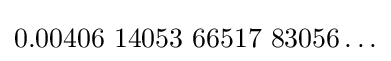
0{.}00406{\text{ }}14053{\text{ }}66517{\text{ }}83056\ldots